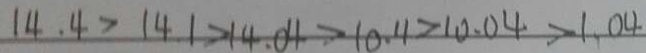
1 4 . 4 > 1 4 . 1 > 1 4 . 0 4 > 1 0 . 4 > 1 0 . 0 4 > 1 . 0 4